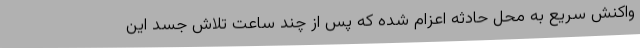
واکنش سریع‌ به محل حادثه اعزام شده که پس از چند ساعت تلاش جسد این